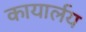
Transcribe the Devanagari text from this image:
कायार्लय